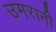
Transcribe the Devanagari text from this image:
उमरानी